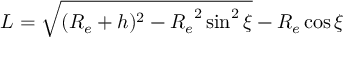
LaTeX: L = \sqrt { ( R _ { e } + h ) ^ { 2 } - { R _ { e } } ^ { 2 } \sin ^ { 2 } \xi } - R _ { e } \cos \xi